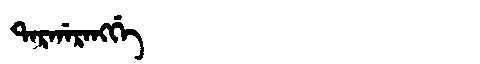
Manchu: ᡨᠠᡵᡤᠠᡵᠠᠩᡤᡝ
Romanization: TARGARANGGE